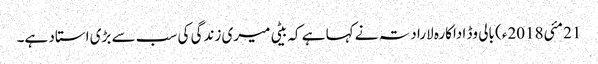
21 مئی2018ء) بالی وڈ اداکارہ لارا دتہ نے کہا ہے کہ بیٹی میری زندگی کی سب سے بڑی استاد ہے۔